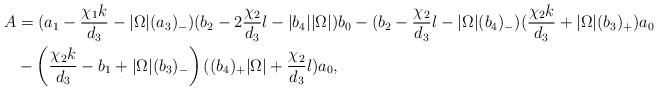
LaTeX: \begin{align*} A&=(a_{1}-\frac{\chi_{1}k}{d_{3}}-|\Omega|(a_3)_-)(b_{2}-2\frac{\chi_{2}}{d_{3}}l-|b_{4}||\Omega|) b_0- (b_{2}-\frac{\chi_{2}}{d_{3}}l-|\Omega|(b_4)_-)(\frac{\chi_{2}k}{d_{3}}+|\Omega|(b_3)_+)a_0\\ &-\left(\frac{\chi_{2}k}{d_{3}}-b_1+|\Omega|(b_3)_-\right)((b_{4})_+|\Omega|+\frac{\chi_2}{d_3}l)a_0, \end{align*}